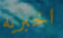
اخبريه